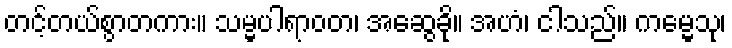
တင့်တယ်စွာတကား။ သမ္မပါရာဝတ၊ အဆွေခို။ အဟံ၊ ငါသည်။ ကမ္မေသု၊